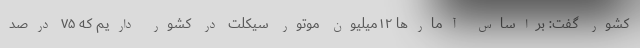
کشور گفت: براساس آمارها ۱۲میلیون موتور سیکلت در کشور داریم که ۷۵ درصد